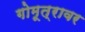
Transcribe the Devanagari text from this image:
गोमूत्रावर